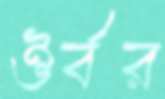
ঔর্বর